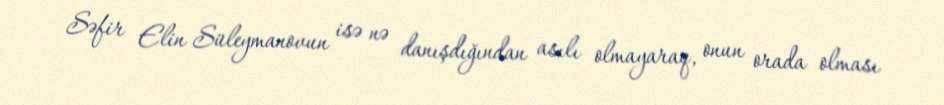
Səfir Elin Süleymanovun isə nə danışdığından asılı olmayaraq, onun orada olması